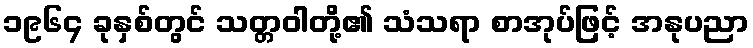
၁၉၆၄ ခုနှစ်တွင် သတ္တဝါတို့၏ သံသရာ စာအုပ်ဖြင့် အနုပညာ